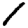
Digit: 1